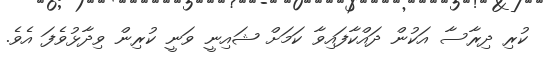
ކުރި ދިރާސާ އަކުން ދައްކާފައިވާ ކަމަށް ޝައިނީ ވަނީ ކުރިން ވިދާޅުވެފަ އެވެ.